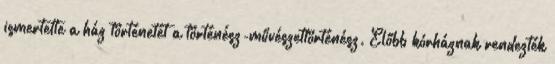
ismertette a ház történetét a történész-művészettörténész. Előbb kórháznak rendezték